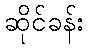
ဆိုင်ခန်း